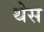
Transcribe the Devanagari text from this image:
थेस